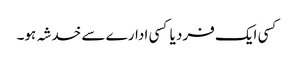
کسی ایک فرد یا کسی ادارے سے خدشہ ہو۔